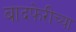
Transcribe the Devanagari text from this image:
बादफेरीच्या